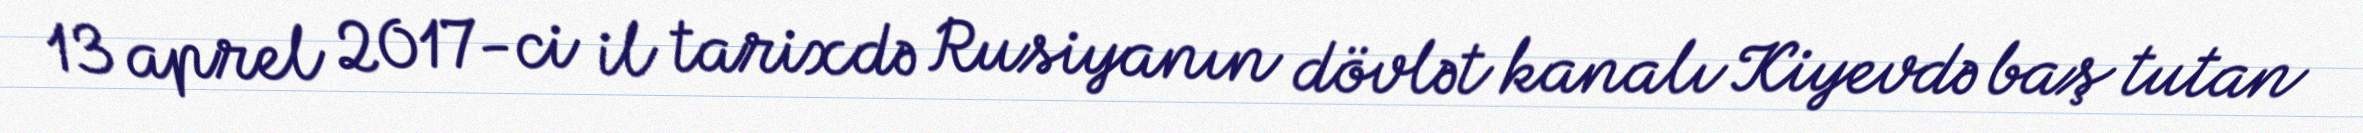
13 aprel 2017-ci il tarixdə Rusiyanın dövlət kanalı Kiyevdə baş tutan